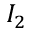
I _ { 2 }